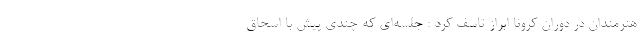
هنرمندان در دوران کرونا ابراز تاسف کرد : جلسه‌ای که چندی پیش با اسحاق